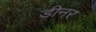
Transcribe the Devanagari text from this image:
डीनर